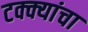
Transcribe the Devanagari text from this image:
टक्क्यांचा